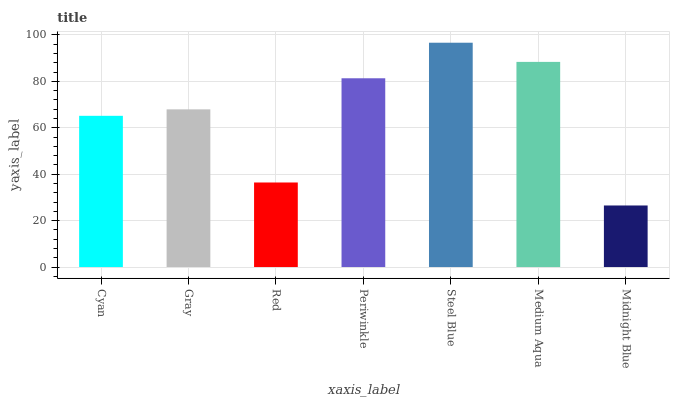
| xaxis_label | bars |
 | --- | --- |
 | Cyan | 65.1 |
 | Gray | 67.9 |
 | Red | 36.4 |
 | Periwinkle | 81.3 |
 | Steel Blue | 96.6 |
 | Medium Aqua | 88.4 |
 | Midnight Blue | 26.5 |